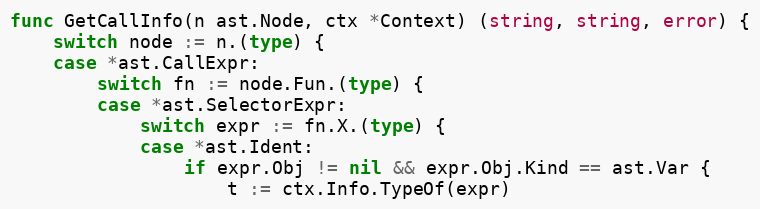
Language: Go
func GetCallInfo(n ast.Node, ctx *Context) (string, string, error) {
	switch node := n.(type) {
	case *ast.CallExpr:
		switch fn := node.Fun.(type) {
		case *ast.SelectorExpr:
			switch expr := fn.X.(type) {
			case *ast.Ident:
				if expr.Obj != nil && expr.Obj.Kind == ast.Var {
					t := ctx.Info.TypeOf(expr)